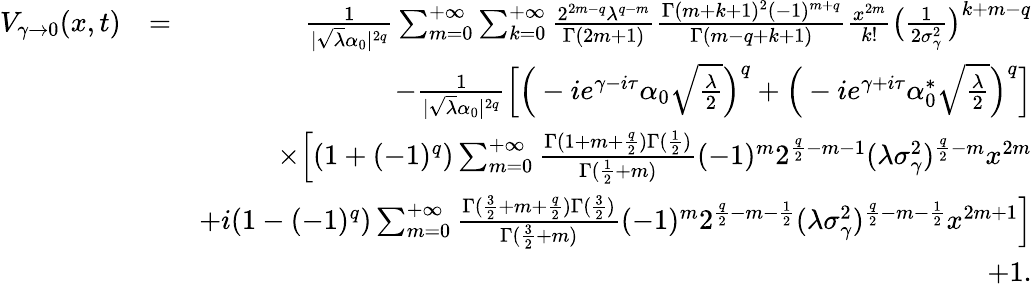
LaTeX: \begin{array}{rlr}{V_{\gamma\rightarrow 0}(x,t)}&{=}&{\frac{1}{|\sqrt{\lambda}\alpha_{0}|^{2q}}\sum_{m=0}^{+\infty}\sum_{k=0}^{+\infty}\frac{2^{2m-q}\lambda^{q-m}}{\Gamma(2m+1)}\frac{\Gamma(m+k+1)^{2}(-1)^{m+q}}{\Gamma(m-q+k+1)}\frac{x^{2m}}{k!}\big(\frac{1}{2\sigma_{\gamma}^{2}}\big)^{k+m-q}}\\ &{}&{-\frac{1}{|\sqrt{\lambda}\alpha_{0}|^{2q}}\Big[\Big(-ie^{\gamma-i\tau}\alpha_{0}\sqrt{\frac{\lambda}{2}}\Big)^{q}+\Big(-ie^{\gamma+i\tau}\alpha_{0}^{*}\sqrt{\frac{\lambda}{2}}\Big)^{q}\Big]}\\ &{}&{\times\Big[(1+(-1)^{q})\sum_{m=0}^{+\infty}\frac{\Gamma(1+m+\frac{q}{2})\Gamma(\frac{1}{2})}{\Gamma(\frac{1}{2}+m)}(-1)^{m}2^{\frac{q}{2}-m-1}(\lambda\sigma_{\gamma}^{2})^{\frac{q}{2}-m}x^{2m}}\\ &{}&{+i(1-(-1)^{q})\sum_{m=0}^{+\infty}\frac{\Gamma(\frac{3}{2}+m+\frac{q}{2})\Gamma(\frac{3}{2})}{\Gamma(\frac{3}{2}+m)}(-1)^{m}2^{\frac{q}{2}-m-\frac{1}{2}}(\lambda\sigma_{\gamma}^{2})^{\frac{q}{2}-m-\frac{1}{2}}x^{2m+1}\Big]}\\ &{}&{+1.}\end{array}